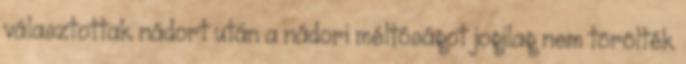
választottak nádort után a nádori méltóságot jogilag nem törölték